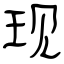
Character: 现